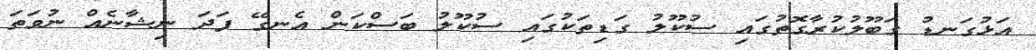
އަޅުގަނޑު ގަބޫލުކުރާގޮތުގައި ސުކޫލު ގަޑިތަކުގައި ސުކޫލު ބަސްކަން އެނގޭ ފަދަ ނިޝާނެއް ނުވަތަ